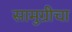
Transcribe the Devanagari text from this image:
सामुग्रीचा